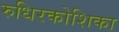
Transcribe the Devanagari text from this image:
रुधिरकोशिका